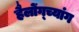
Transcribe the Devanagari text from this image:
हैलोंग्च्यांग